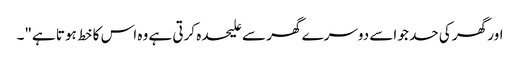
اور گھر کی حد جو اسے دوسرے گھر سے علیحدہ کرتی ہے وہ اس کا خط ہوتا ہے"۔